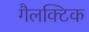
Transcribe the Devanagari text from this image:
गैलक्टिक